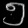
Digit: ၅